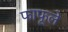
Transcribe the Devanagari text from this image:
फाफूले